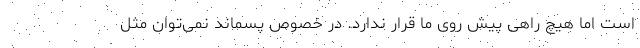
است اما هیچ راهی پیش روی ما قرار ندارد. در خصوص پسماند نمی‌توان مثل